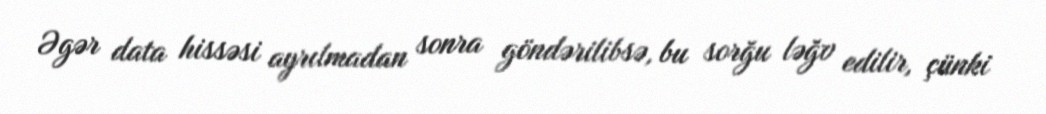
Əgər data hissəsi ayrılmadan sonra göndərilibsə, bu sorğu ləğv edilir, çünki